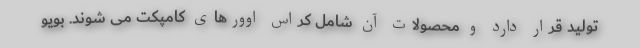
تولید قرار دارد و محصولات آن شامل کراس اوورهای کامپکت می شوند. بویو